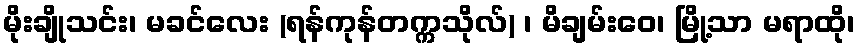
မိုးချိုသင်း၊ မခင်လေး (ရန်ကုန်တက္ကသိုလ်) ၊ မိချမ်းဝေ၊ မြို့သာ မရာထို၊